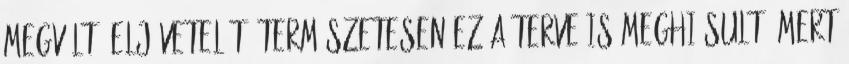
Megváltó eljövetelét. Természetesen ez a terve is meghiúsult, mert